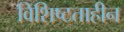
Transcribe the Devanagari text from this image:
विशिष्टताहीन